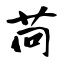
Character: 苘